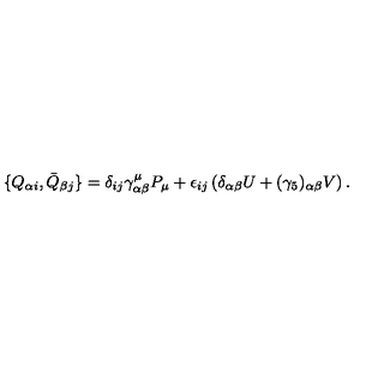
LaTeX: \{ Q _ { \alpha i } , \bar { Q } _ { \beta j } \} = \delta _ { i j } \gamma _ { \alpha \beta } ^ { \mu } P _ { \mu } + \epsilon _ { i j } \left( \delta _ { \alpha \beta } U + ( \gamma _ { 5 } ) _ { \alpha \beta } V \right) .